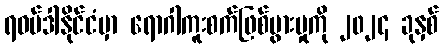
ရဝမ်ဒါနိုင်ငံမှာ ရောဂါကူးစက်ဖြစ်ပွားမှုကို ၂၀၂၄ ခုနှစ်